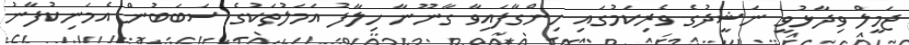
ޖަމީލް ވިދާޅުވީ ނަޝީދުގެ ވެރިކަމުގައި ހިންގާފައިވާ ގާނޫނާ ހިލާފު އަމަލުތަކުގެ ސަބަބުން އެމަނިކުފާނު